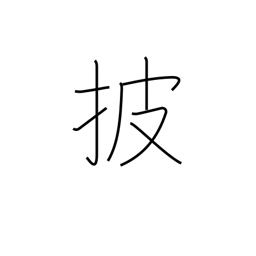
Meaning: expose